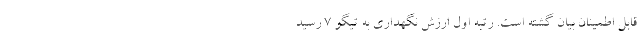
قابل‌ اطمینان بیان گشته است. رتبه اول ارزش نگهداری به تیگو 7 رسید